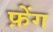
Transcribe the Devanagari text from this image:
फ़ेंग